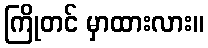
ကြိုတင် မှာထားလား။